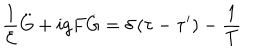
LaTeX: \frac 1 { { \cal E } } \ddot { G } + i g F \dot { G } = \delta \left( \tau - \tau ^ { \prime } \right) - \frac 1 T